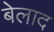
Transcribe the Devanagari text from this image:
बेलाद